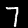
Digit: 7